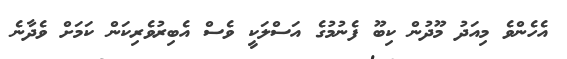
އެހެންވެ މިއަދު މޫދުން ކިބޫ ފެނުމުގެ އަސްލަކީ ވެސް އެބިރުވެރިކަން ކަމަށް ވެދާނެ